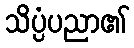
သိပ္ပံပညာ၏